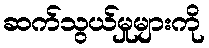
ဆက်သွယ်မှုများကို